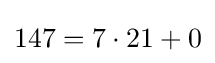
147=7\cdot 21+0